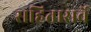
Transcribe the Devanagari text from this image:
सहितासर्वे